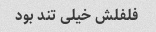
فلفلش خیلی تند بود